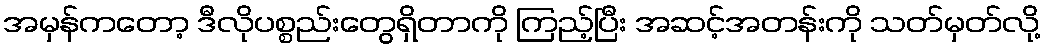
အမှန်ကတော့ ဒီလိုပစ္စည်းတွေရှိတာကို ကြည့်ပြီး အဆင့်အတန်းကို သတ်မှတ်လို့